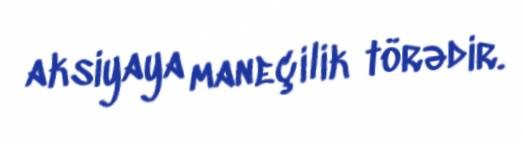
aksiyaya maneçilik törədir.